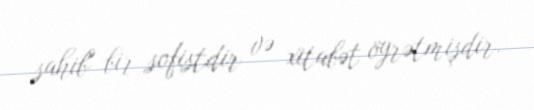
sahib" bir sofistdir və xitabət öyrətmişdir.